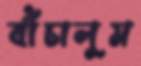
বাঁচালুম